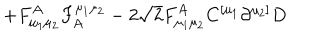
LaTeX: \left. + { F } _ { \mu _ { 1 } \mu _ { 2 } } ^ { A } { F } _ { A } ^ { \mu _ { 1 } \mu _ { 2 } } - 2 \sqrt { 2 } { F } _ { \mu _ { 1 } \mu _ { 2 } } ^ { A } { C } ^ { [ \mu _ { 1 } } \partial ^ { \mu _ { 2 } ] } { D } \right.